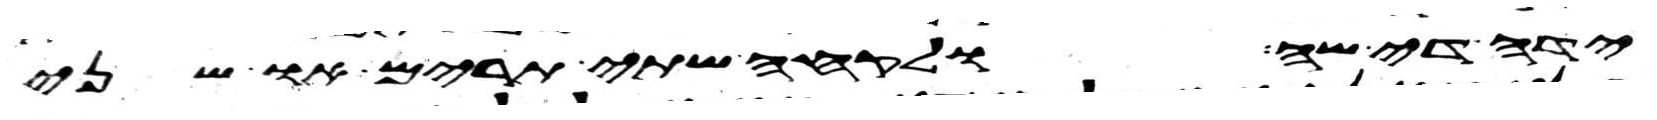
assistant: ידה די שה ולקחה שתי תרים או שני